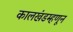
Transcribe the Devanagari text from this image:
कालखंडम्हणून